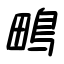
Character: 鴫